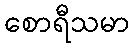
စောရီသမာ